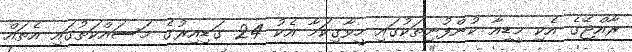
ރާއްޖޭގެ އެކި މީޑިއާ ކުންފުނިތަކުގައި ހީވާގިކަމާ އެކު 24 ގަޑިއިރުގެ މަސައްކަތުގައި އެތައް